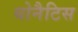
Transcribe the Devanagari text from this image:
योनैटिस